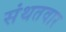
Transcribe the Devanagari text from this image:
संथतवार